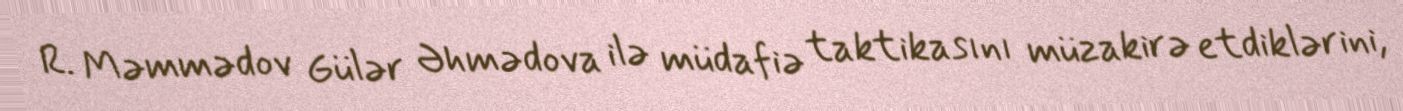
R. Məmmədov Gülər Əhmədova ilə müdafiə taktikasını müzakirə etdiklərini,